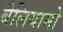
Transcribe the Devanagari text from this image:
बैलियामो